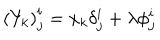
\left( Y _ { k } \right) _ { j } ^ { i } = x _ { k } \delta _ { j } ^ { i } + \lambda \phi _ { j } ^ { i }